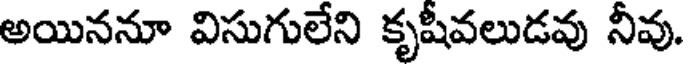
అయిననూ విసుగులేని కృషీవలుడవు నీవు.